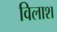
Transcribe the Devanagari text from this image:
विलाश